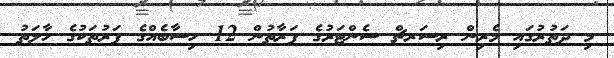
މި ދަތުރުގައި މެރިން ރިސަރޗް ސެންޓަރުގެ ފަރާތުން 12 ހިސާބެއްގެ ފަރުތަކުގެ ހާލަތު